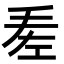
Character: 𢀠